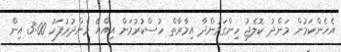
އެހެންކަމުން މަންދު ކޮލެޖު ހިންގަމުންދާ އިމާރާތް ހުސްކުރުމަށް އިއްޔެ މެންދުރުފަހު 3:00 އިން